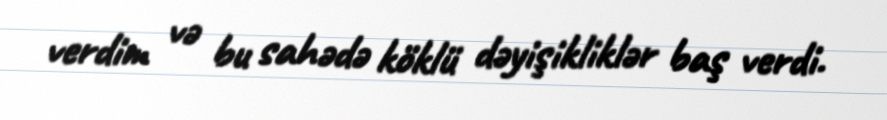
verdim və bu sahədə köklü dəyişikliklər baş verdi.